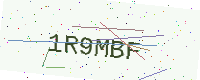
Text: 1R9MBF